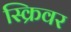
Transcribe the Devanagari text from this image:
स्क्रिवर